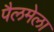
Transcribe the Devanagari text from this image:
पैलमेला